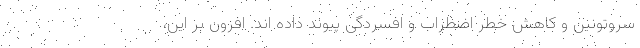
سروتونین و کاهش خطر اضطراب و افسردگی پیوند داده اند. افزون بر این،